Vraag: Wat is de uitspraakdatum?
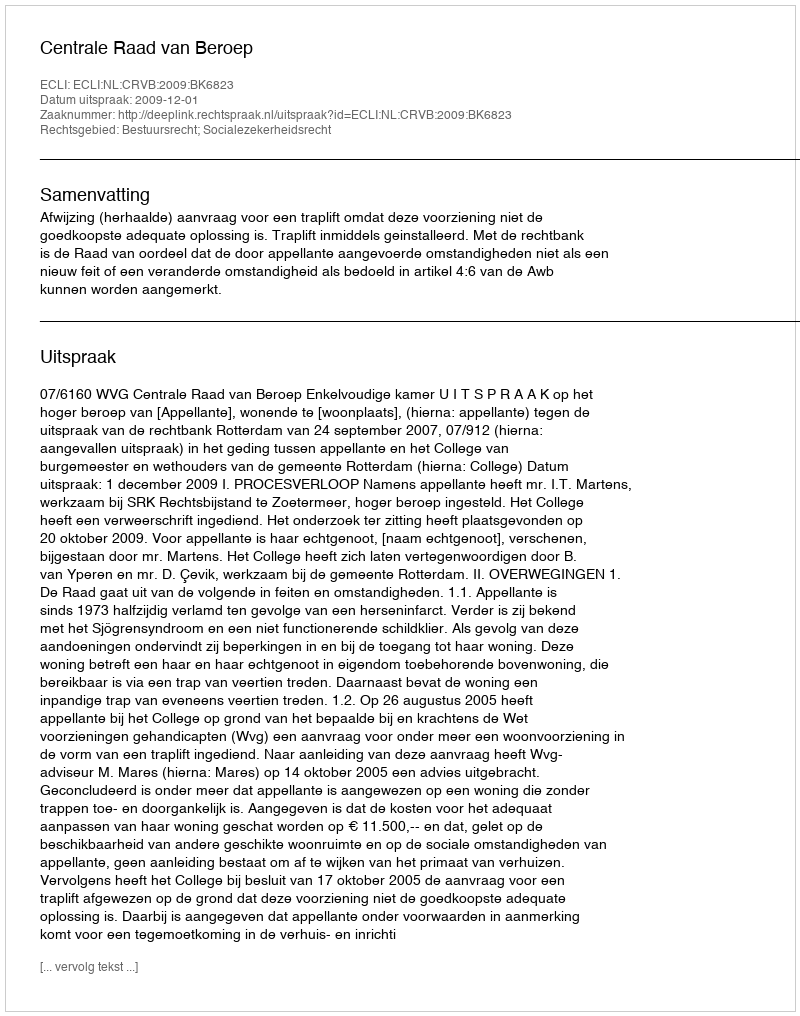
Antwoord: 2009-12-01